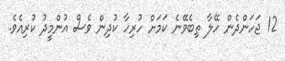
12 ޖަހަންދެން ހޭލާ ތިބެވޭނެ ކަމަށް ހުރިހާ ކުދިން ވެސް އުންމީދު ކުރިއެވެ.